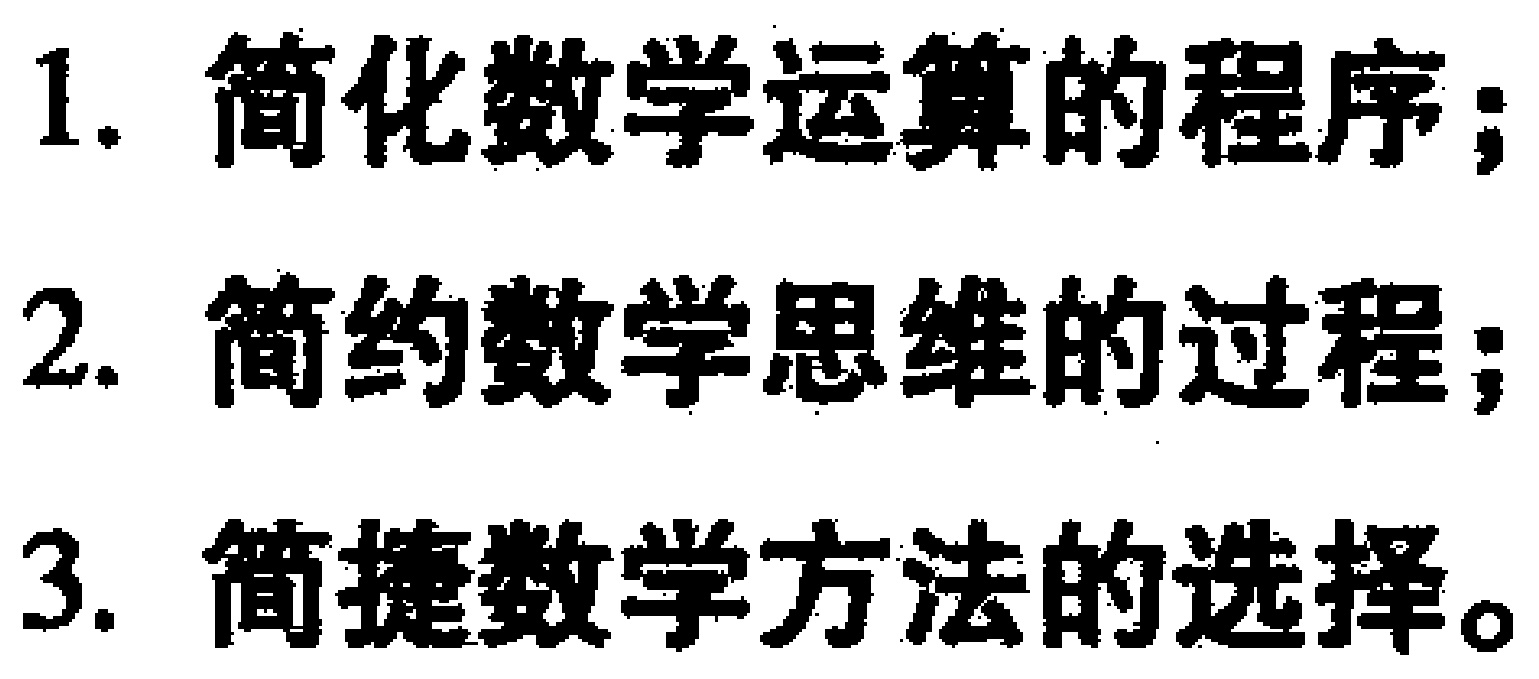
1. 简化数学运算的程序；

2. 简约数学思维的过程；

3. 简捷数学方法的选择。